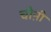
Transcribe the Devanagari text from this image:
चीऩी